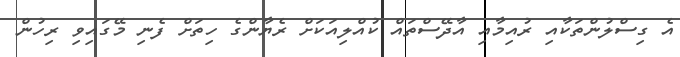
އެ ގިސްލުންތަކާއި ރުއިމާއި އާދޭސްތައް ކުއްލިއަކަށް ރެޔާންގެ ހިތަށް ފެނި މޭގައިވި ރިހުން